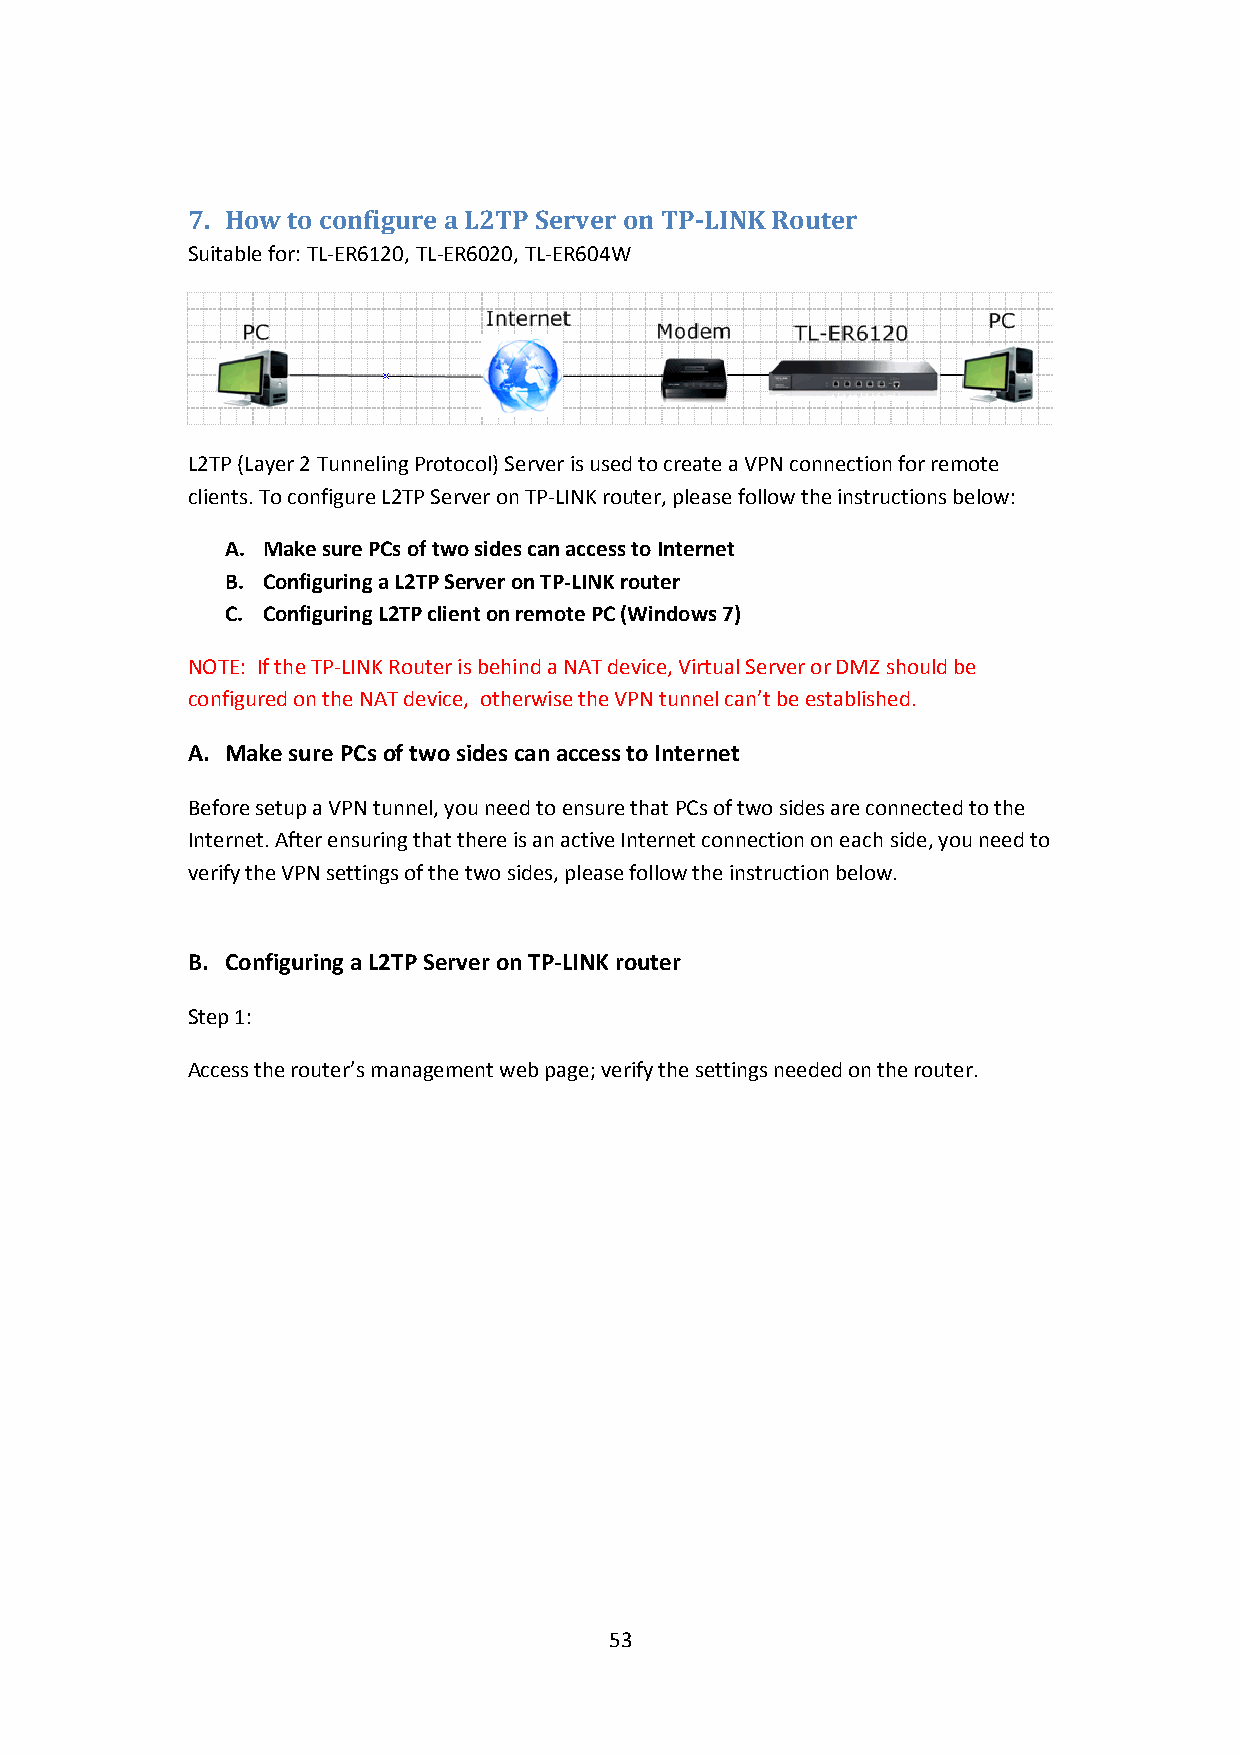
7. How to configure a L2TP Server on TP-LINK Router
 Suitable for:TL-ER6120, TL-ER6020, TL-ER604W
 L2TP (Layer 2 Tunneling Protocol) Server is used to create a VPN connection for remote
 clients. To configure L2TP Server on TP-LINK router, please follow the instructions below:
 A. Make sure PCsof two sidescan access to Internet
 B. Configuring a L2TP Server on TP-LINK router
 C. Configuring L2TP client on remote PC (Windows 7)
 NOTE: If the TP-LINK Router is behind a NAT device, Virtual Server or DMZ should be
 configured on the NAT device, otherwise the VPN tunnel can’t be established.
 A. Make sure PCsof two sidescan access to Internet
 Before setup a VPN tunnel, you need to ensure that PCs of two sides are connected to the
 Internet. After ensuring that there is an active Internet connection on each side, you need to
 verify the VPN settings of the two sides, please follow the instruction below.
 B. Configuring a L2TP Server on TP-LINK router
 Step 1:
 Access the router’s management web page; verify thesettings needed on the router.
 53